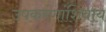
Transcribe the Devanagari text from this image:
उपकरणांशिवाय